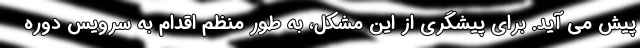
پیش می آید. برای پیشگری از این مشکل، به طور منظم اقدام به سرویس دوره